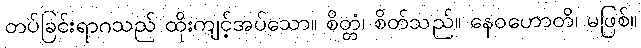
တပ်ခြင်းရာဂသည် ထိုးကျင့်အပ်သော။ စိတ္တံ၊ စိတ်သည်။ နေဝဟောတိ၊ မဖြစ်။